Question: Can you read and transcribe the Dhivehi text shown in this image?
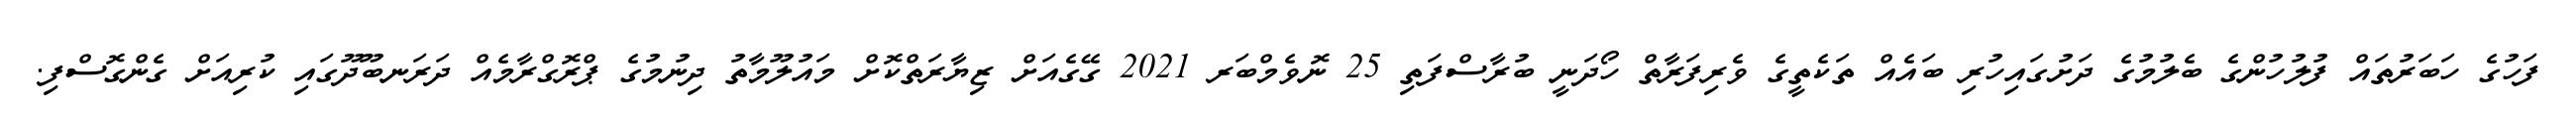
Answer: ފަހުގެ ހަބަރުތައް ފުލުހުންގެ ބެލުމުގެ ދަށުގައިހުރި ބައެއް ތަކެތީގެ ވެރިފަރާތް ހޯދަނީ ބުރާސްފަތި 25 ނޮވެމްބަރ 2021 ގޭގެއަށް ޒިޔާރަތްކޮށް މައުލޫމާތު ދިނުމުގެ ޕްރޮގްރާމެއް ދަރަނބޫދޫގައި ކުރިއަށް ގެންގޮސްފި.